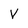
Character: V